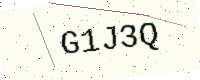
Text: G1J3Q